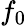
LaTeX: f_{0}